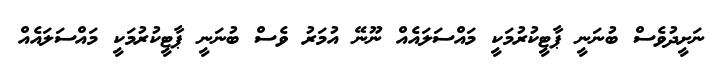
ނަށީދުވެސް ބުނަނީ ޕާޓީކުރުމަކީ މައްސަލައެއް ނޫނޭ އުމަރު ވެސް ބުނަނީ ޕާޓީކުރުމަކީ މައްސަލައެއް